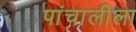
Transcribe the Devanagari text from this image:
पांचालीला